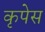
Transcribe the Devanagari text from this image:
कृपेस